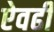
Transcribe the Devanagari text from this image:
ऐवढी